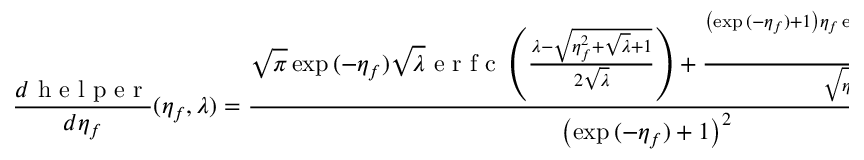
\frac { d \mathrm { ~ h ~ e ~ l ~ p ~ e ~ r ~ } } { d \eta _ { f } } ( \eta _ { f } , \lambda ) = \frac { \sqrt { \pi } \exp { ( - \eta _ { f } ) } \sqrt { \lambda } \mathrm { ~ e ~ r ~ f ~ c ~ } \left( \frac { \lambda - \sqrt { \eta _ { f } ^ { 2 } + \sqrt { \lambda } + 1 } } { 2 \sqrt { \lambda } } \right) + \frac { \left( \exp { ( - \eta _ { f } ) } + 1 \right) \eta _ { f } \exp { \left( - \frac { \left( \sqrt { \eta _ { f } ^ { 2 } + \sqrt { \lambda } + 1 } - \lambda \right) ^ { 2 } } { 4 \lambda } \right) } } { \sqrt { \eta _ { f } ^ { 2 } + \sqrt { \lambda } + 1 } } } { \left( \exp { ( - \eta _ { f } ) } + 1 \right) ^ { 2 } } .